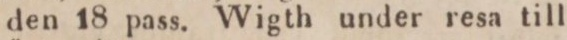
den 18 pass. Wigth under resa till